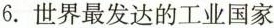
6.世界最发达的工业国家